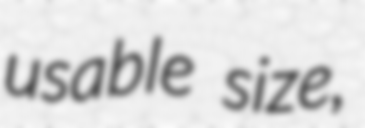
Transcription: usable size,